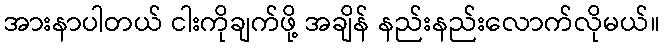
အားနာပါတယ် ငါးကိုချက်ဖို့ အချိန် နည်းနည်းလောက်လိုမယ်။